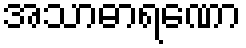
အသာဓာရဏော